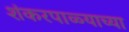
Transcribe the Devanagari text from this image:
शंकरपाळ्याच्या